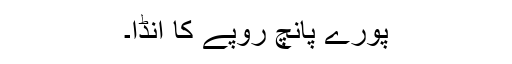
پورے پانچ روپے کا انڈا۔